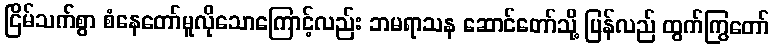
ငြိမ်သက်စွာ စံနေတော်မူလိုသောကြောင့်လည်း ဘမရာသန ဆောင်တော်သို့ ပြန်လည် ထွက်ကြွတော်